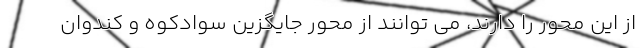
از این محور را دارند، می توانند از محور جایگزین سوادکوه و کندوان